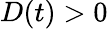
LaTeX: D(t)>0